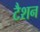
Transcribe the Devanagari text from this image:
टैशन